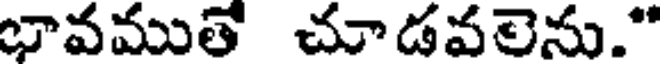
భావముతే చూడవలెను."